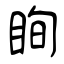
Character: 眴